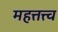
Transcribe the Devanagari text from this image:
महत्तत्त्व